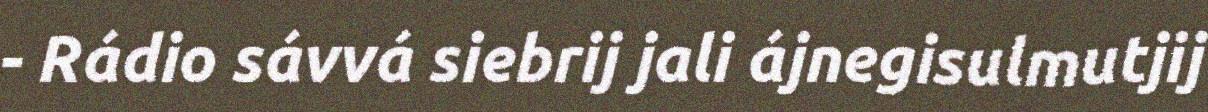
- Rádio sávvá siebrij jali ájnegisulmutjij